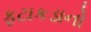
ફટાકડાનો